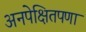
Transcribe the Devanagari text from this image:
अनपेक्षितपणा